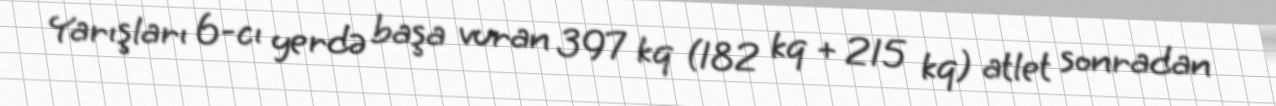
Yarışları 6-cı yerdə başa vuran 397 kq (182 kq + 215 kq) atlet sonradan